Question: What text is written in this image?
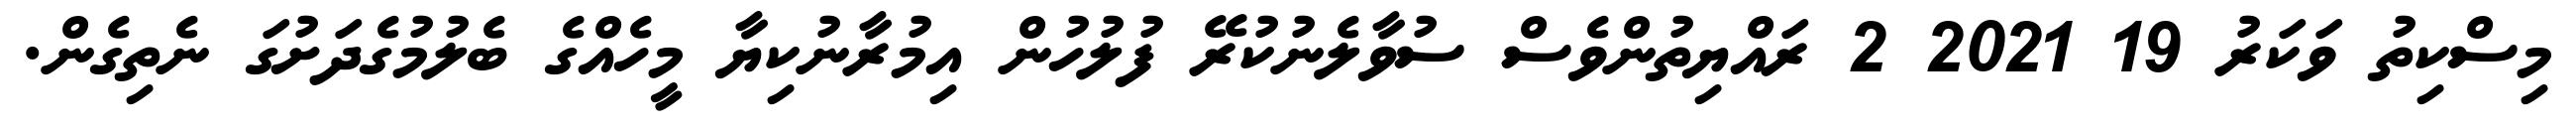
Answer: މިސްކިތު ވަކަރު 19 2021 2 ރައްޔިތުންވެސް ސުވާލެނުކުރޭ ފުލުހުން އިމުރާނުކިޔާ މީހެއްގެ ބެލުމުގެދަށުގަ ނެތިގެން.